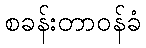
စခန်းတာဝန်ခံ